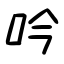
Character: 吟